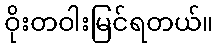
ဝိုးတဝါးမြင်ရတယ်။